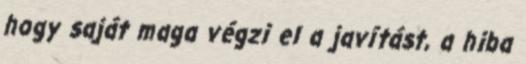
hogy saját maga végzi el a javítást, a hiba